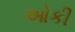
ઓકી